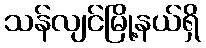
သန်လျင်မြို့နယ်ရှိ